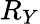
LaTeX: R_{Y}